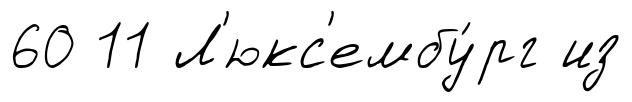
60 11 Л'юкс'ембу́рг из